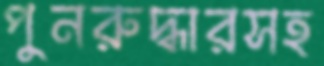
পুনরুদ্ধারসহ